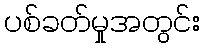
ပစ်ခတ်မှုအတွင်း